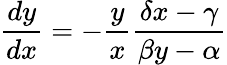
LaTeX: {\frac{dy}{dx}}=-{\frac{y}{x}}{\frac{\delta x-\gamma}{\beta y-\alpha}}